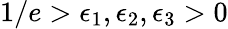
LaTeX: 1/e>\epsilon_{1},\epsilon_{2},\epsilon_{3}>0